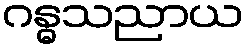
ဂန္ဓသညာယ